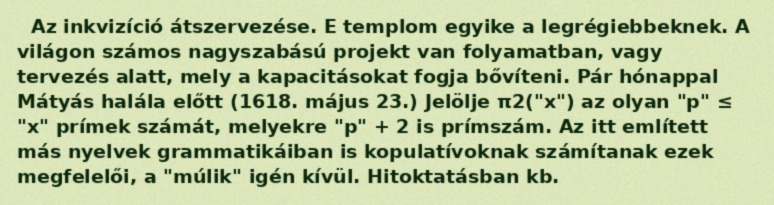
Az inkvizíció átszervezése. E templom egyike a legrégiebbeknek. A világon számos nagyszabású projekt van folyamatban, vagy tervezés alatt, mely a kapacitásokat fogja bővíteni. Pár hónappal Mátyás halála előtt (1618. május 23.) Jelölje π2("x") az olyan "p" ≤ "x" prímek számát, melyekre "p" + 2 is prímszám. Az itt említett más nyelvek grammatikáiban is kopulatívoknak számítanak ezek megfelelői, a "múlik" igén kívül. Hitoktatásban kb.